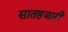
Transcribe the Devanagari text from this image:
सातहजारी